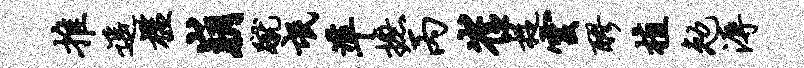
推遥槛崩蹴氓准摭丙崔捉云醪植勉溽